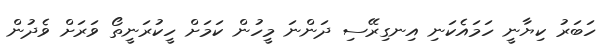
ހަބަރު ކިޔާނީ ހަމައެކަނި އިނގިރޭސި ދަންނަ މީހުން ކަމަށް ހީކުރަނީތޯ ވަރަށް ވެދުން